Veterinary regulations India, 1925 -
Year: 1925
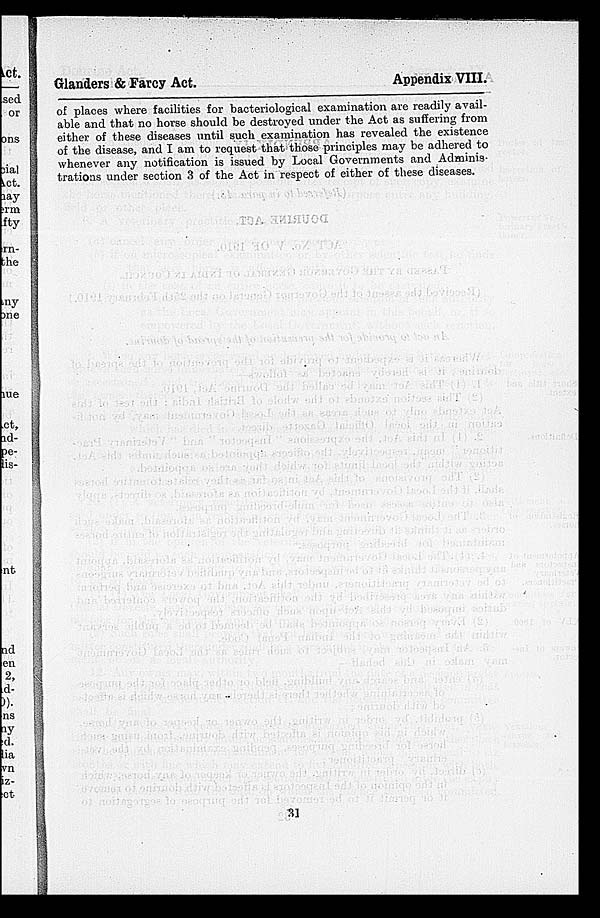
Glanders & Farcy Act.
Appendix VIII.
of places where facilities for bacteriological examination are readily avail-
able and that no horse should be destroyed under the Act as suffering from
either of these diseases until such examination has revealed the existence
of the disease, and I am to request that those principles may be adhered to
whenever any notification is issued by Local Governments and Adminis-
trations under section 3 of the Act in respect of either of these diseases.
31